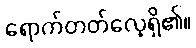
ရောက်တတ်လေ့ရှိ၏။